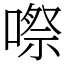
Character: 㗫